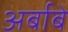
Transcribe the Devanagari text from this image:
अर्बाबे